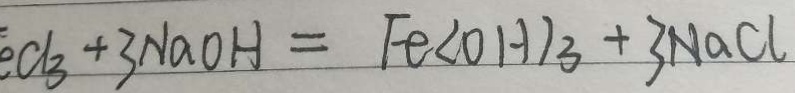
C l _ { 3 } + 3 N a O H = F e ( O H ) _ { 3 } + 3 N a C l